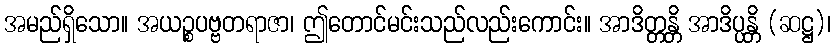
အမည်ရှိသော။ အယဉ္စပဗ္ဗတရာဇာ၊ ဤတောင်မင်းသည်လည်းကောင်း။ အာဒိတ္တန္တိ အာဒိပ္ပန္တိ (ဆဋ္ဌ)၊